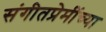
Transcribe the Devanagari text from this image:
संगीतप्रेमींच्या